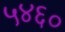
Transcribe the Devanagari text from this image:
५४६०